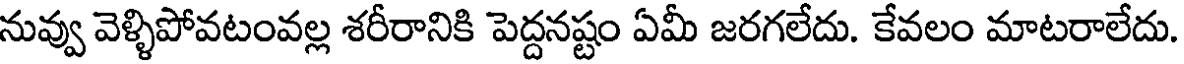
నువ్వు వెళ్ళిపోవటంవల్ల శరీరానికి పెద్దనష్టం ఏమీ జరగలేదు. కేవలం మాటరాలేదు.